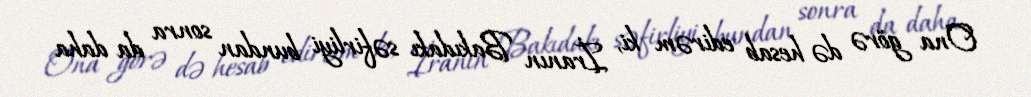
Ona görə də hesab edirəm ki, İranın Bakıdakı səfirliyi bundan sonra da daha